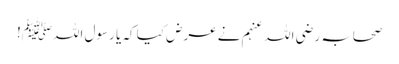
صحابہ رضی اللہ عنہم نے عرض کیا کہ یا رسول اللہﷺ!